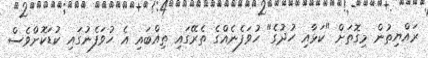
ރައްޔިތުން މިގޮތަށް "ކަޅާއި ހުދުގެ" ހުވަފެނެއްގެ ތެރޭގައި ތިއްބައި އެ ހުވަފެނުގައި ކުޑަކޮށްވެސް